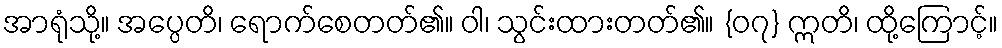
အာရုံသို့။ အပ္ပေတိ၊ ရောက်စေတတ်၏။ ဝါ၊ သွင်းထားတတ်၏။ {၀၇} ဣတိ၊ ထို့ကြောင့်။